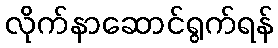
လိုက်နာဆောင်ရွက်ရန်